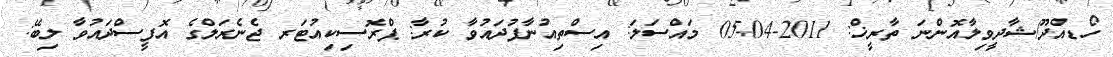
ހޯޑއްދޫ/ޝާދީވިލާއޮންނަ ތާރީޚް: 2011-04-05 މައްސަލަ: އިސްތިއުނާފުދައުވާ ކުރާ: ޕްރޮސިކިއުޓަރ ޖެނެރަލްގެ އޮފީސްދައުވާ ލިބޭ: